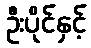
ဦးပိုင်နှင့်